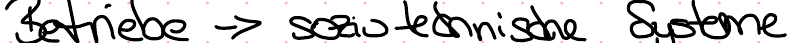
Betriebe -> soziotechnische Systeme